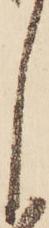
し